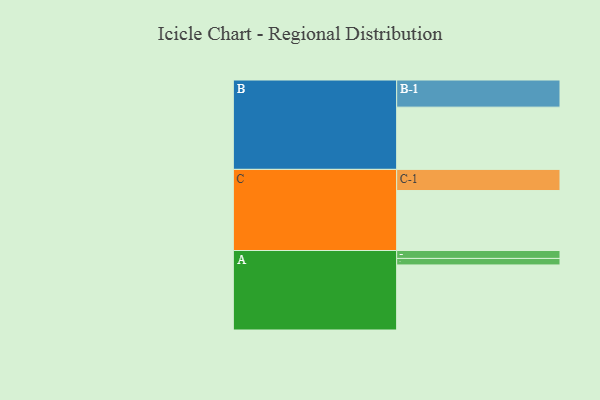
{"axis": {"x": "Segment", "y": "Value"}, "legend": ["", "A", "B", "C"], "data": [{"x": "A", "y": 599, "type": ""}, {"x": "B", "y": 573, "type": ""}, {"x": "C", "y": 552, "type": ""}, {"x": "A-1", "y": 60, "type": "A"}, {"x": "A-2", "y": 73, "type": "A"}, {"x": "B-1", "y": 250, "type": "B"}, {"x": "C-1", "y": 195, "type": "C"}]}